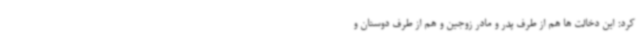
کرد: این دخالت ها هم از طرف پدر و مادر زوجین و هم از طرف دوستان و